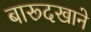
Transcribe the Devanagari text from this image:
बारूदखाने